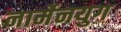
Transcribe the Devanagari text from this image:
नार्मेनयुग